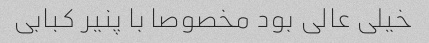
خیلی عالی بود مخصوصا با پنیر کبابی